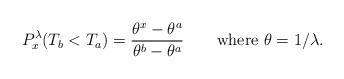
LaTeX: \begin{align*}P^\lambda_x (T_b < T_a ) =\frac{\theta^x - \theta^a}{\theta^b -\theta^a} \qquad\mbox{where }\theta= 1/\lambda. \end{align*}